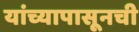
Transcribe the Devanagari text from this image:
यांच्यापासूनची